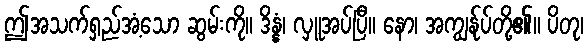
ဤအသက်ရှည်အံ့သော ဆွမ်းကို။ ဒိန္နံ၊ လှူအပ်ပြီ။ နော၊ အကျွန်ုပ်တို့၏။ ပိတု၊